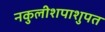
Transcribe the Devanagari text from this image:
नकुलीशपाशुपत